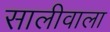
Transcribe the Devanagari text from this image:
सालीवाला